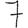
Digit: 7